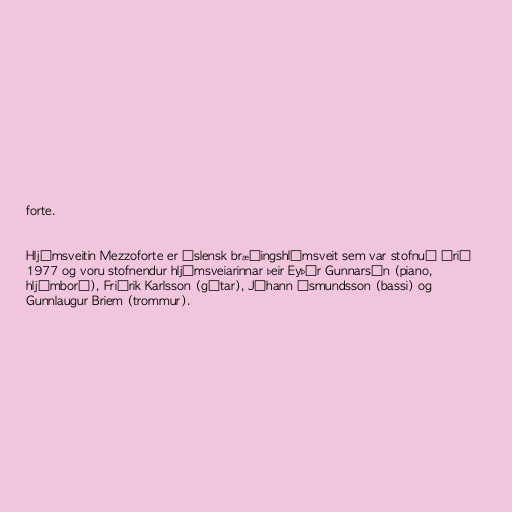
forte.

Hljómsveitin Mezzoforte er íslensk bræðingshlómsveit sem var stofnuð árið
1977 og voru stofnendur hljómsveiarinnar þeir Eyþór Gunnarsón (piano,
hljómborð), Friðrik Karlsson (gítar), Jóhann Ásmundsson (bassi) og
Gunnlaugur Briem (trommur).